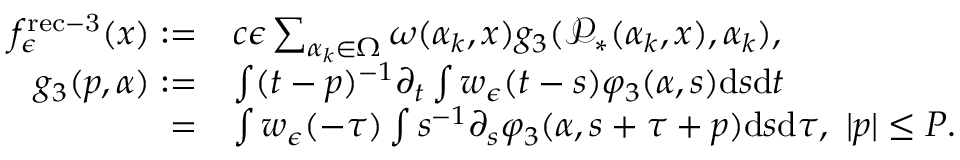
\begin{array} { r l } { f _ { \epsilon } ^ { \mathrm { r e c - 3 } } ( x ) : = } & { c \epsilon \sum _ { \alpha _ { k } \in \Omega } \omega ( \alpha _ { k } , x ) g _ { 3 } ( \mathcal P _ { * } ( \alpha _ { k } , x ) , \alpha _ { k } ) , } \\ { g _ { 3 } ( p , \alpha ) : = } & { \int ( t - p ) ^ { - 1 } \partial _ { t } \int w _ { \epsilon } ( t - s ) \varphi _ { 3 } ( \alpha , s ) \mathrm { d } s \mathrm { d } t } \\ { = } & { \int w _ { \epsilon } ( - \tau ) \int s ^ { - 1 } \partial _ { s } \varphi _ { 3 } ( \alpha , s + \tau + p ) \mathrm { d } s \mathrm { d } \tau , \ | p | \le P . } \end{array}